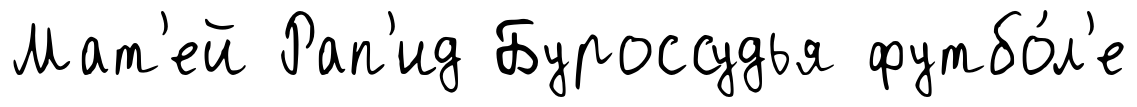
Мат'ей Рап'ид Буроссудья футбо́л'е